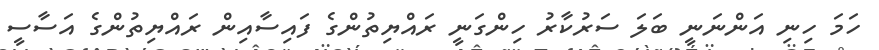
ހަމަ ހިނި އަންނަނީ ބަލަ ސަރުކާރު ހިންގަނީ ރައްޔިތުންގެ ފައިސާއިން ރައްޔިތުންގެ އަސާސީ